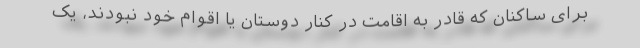
برای ساکنان که قادر به اقامت در کنار دوستان یا اقوام خود نبودند، یک